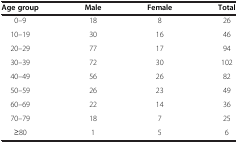
| Age group | Male | Female | Total |
 | --- | --- | --- | --- |
 | 0–9 | 18 | 8 | 26 |
 | 10–19 | 30 | 16 | 46 |
 | 20–29 | 77 | 17 | 94 |
 | 30–39 | 72 | 30 | 102 |
 | 40–49 | 56 | 26 | 82 |
 | 50–59 | 26 | 23 | 49 |
 | 60–69 | 22 | 14 | 36 |
 | 70–79 | 18 | 7 | 25 |
 | ≥80 | 1 | 5 | 6 |